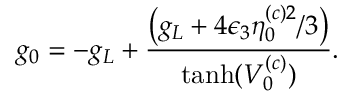
g _ { 0 } = - g _ { L } + \frac { \left( g _ { L } + 4 \epsilon _ { 3 } \eta _ { 0 } ^ { ( c ) 2 } / 3 \right) } { \operatorname { t a n h } ( V _ { 0 } ^ { ( c ) } ) } .